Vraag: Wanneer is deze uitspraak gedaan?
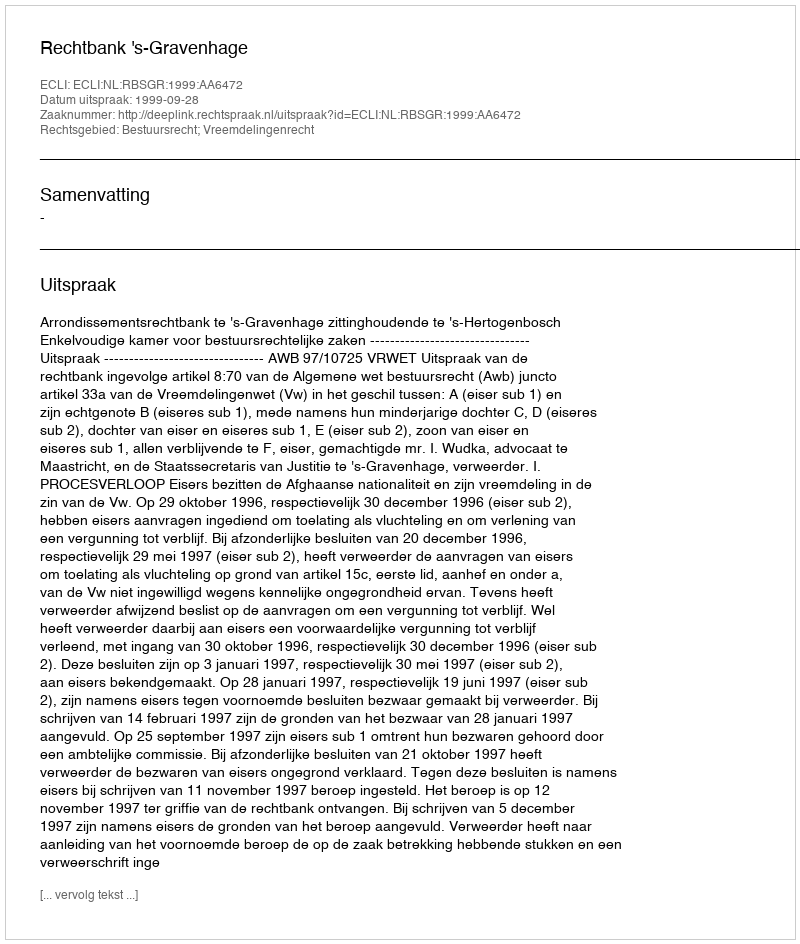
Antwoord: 1999-09-28